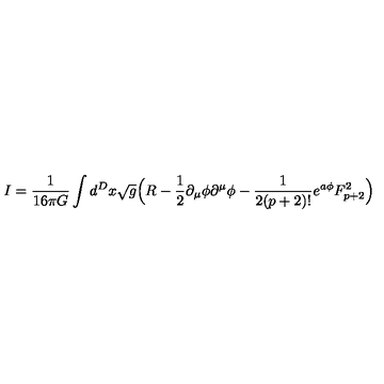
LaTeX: I = \frac { 1 } { 1 6 \pi G } \int d ^ { D } x \sqrt { g } \Big ( R - \frac { 1 } { 2 } \partial _ { \mu } \phi \partial ^ { \mu } \phi - \frac { 1 } { 2 ( p + 2 ) ! } e ^ { a \phi } F _ { p + 2 } ^ { 2 } \Big )